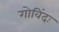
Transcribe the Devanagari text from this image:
गोविंदः